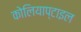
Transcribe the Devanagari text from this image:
कोलियाप्टाइल